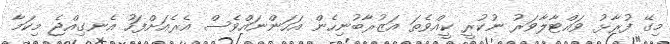
މިގޭ ފުރާޅު ވައްޓާލާވަރު ނުކުރީ ކީއްވެތަ އަޒުރާބުނިހެން އަހަންނައްވެސް އެރެއަށްފަހު އެނގިއްޖެ މިކަމާ